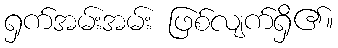
ရှက်အမ်းအမ်း ဖြစ်လျက်ရှိ၏။